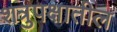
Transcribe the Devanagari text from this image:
शत्रुपक्षातील